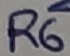
Text: R6